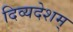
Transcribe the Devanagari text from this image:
दिव्यदेशम्